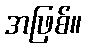
အဖြစ်။